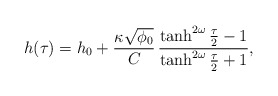
\begin{align*}h(\tau) = h_0 + \frac{\kappa\sqrt{\phi_0}}{C} \, \frac{\tanh^{2\omega}\frac{\tau}2-1} {\tanh^{2\omega}\frac{\tau}2+1},\end{align*}